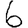
Digit: 6